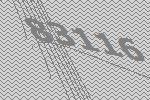
83116